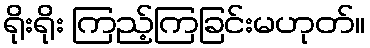
ရိုးရိုး ကြည့်ကြခြင်းမဟုတ်။